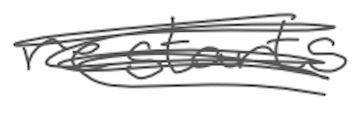
Text: restarts
Cross-out: mix
Writing tool: digital_gray